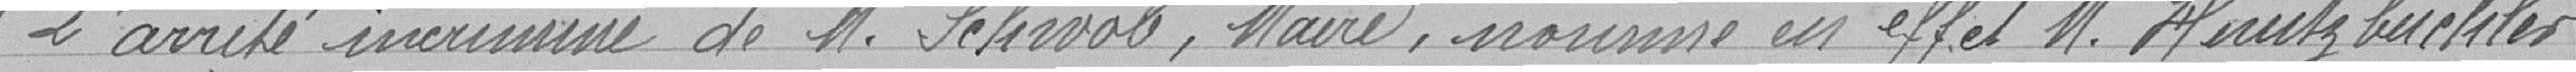
L'arrêté incriminé de MonsieurSchwab, Maire, nomme en effet Monsieur Huntzbuchler